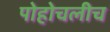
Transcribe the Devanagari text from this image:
पोहोचलीच